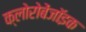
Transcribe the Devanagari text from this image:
क्लोरोबेंजॉइक